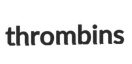
thrombins